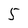
Character: 5